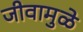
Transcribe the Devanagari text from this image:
जीवामुळे